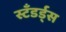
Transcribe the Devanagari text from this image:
स्टँडर्ड्‌स